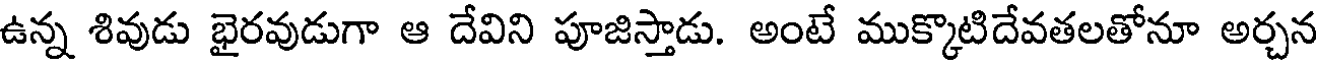
ఉన్న శివుడు భైరవుడుగా ఆ దేవిని పూజిస్తాడు. అంటే ముక్కొటిదేవతలతోనూ అర్చన